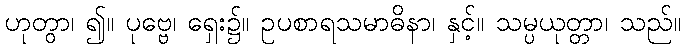
ဟုတွာ၊ ၍။ ပုဗ္ဗေ၊ ရှေး၌။ ဥပစာရသမာဓိနာ၊ နှင့်။ သမ္ပယုတ္တာ၊ သည်။